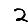
Digit: 2